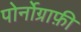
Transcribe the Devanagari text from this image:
पोर्नोग्राफ़ी